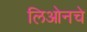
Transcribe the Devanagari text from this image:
लिओनचे